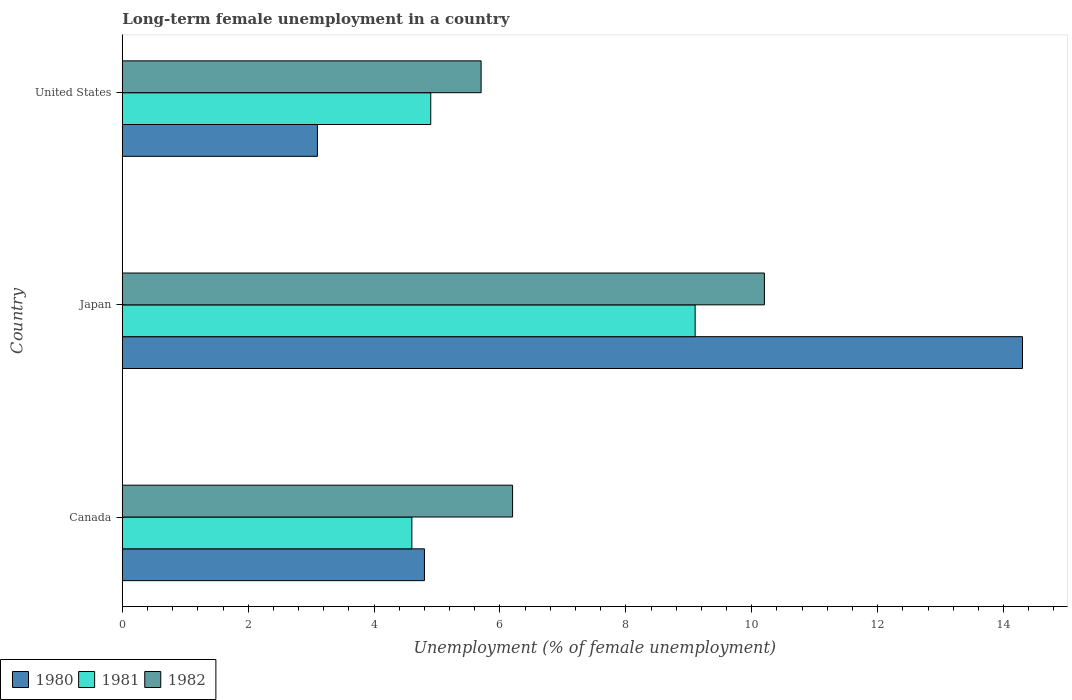
| Country | 1980 | 1981 | 1982 |
 | --- | --- | --- | --- |
 | Canada | 4.8 | 4.6 | 6.2 |
 | Japan | 14.3 | 9.1 | 10.2 |
 | United States | 3.1 | 4.9 | 5.7 |